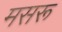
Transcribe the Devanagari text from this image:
मसरू